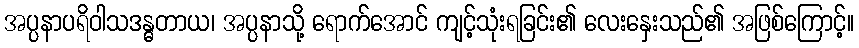
အပ္ပနာပရိဝါသဒန္ဓတာယ၊ အပ္ပနာသို့ ရောက်အောင် ကျင့်သုံးရခြင်း၏ လေးနှေးသည်၏ အဖြစ်ကြောင့်။